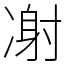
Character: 㓔